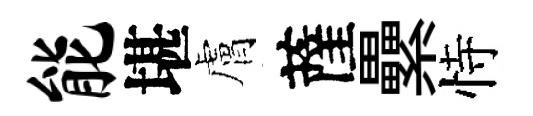
能堪膚薩纍恃